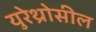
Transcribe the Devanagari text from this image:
युरेथ्रोसील